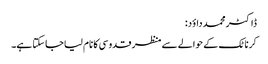
ڈاکٹر محمد داؤد:
کرناٹک کے حوالے سے منظر قدوسی کا نام لیا جاسکتا ہے۔